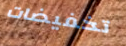
تخفيضات